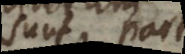
sunt partes